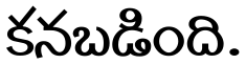
కనబడింది.